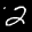
Label: 2